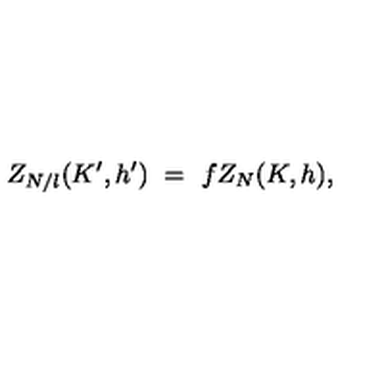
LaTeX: Z _ { N / l } ( K ^ { \prime } , h ^ { \prime } ) \ = \ f Z _ { N } ( K , h ) ,